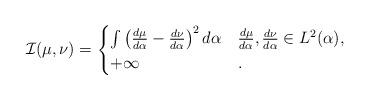
LaTeX: \begin{align*}\mathcal{I}(\mu,\nu)=\begin{cases}\int \left(\frac{d\mu}{d\alpha}-\frac{d\nu}{d\alpha} \right)^{2}d\alpha & \frac{d\mu}{d\alpha},\frac{d\nu}{d\alpha}\in L^{2}(\alpha), \\+\infty & .\end{cases}\end{align*}